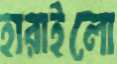
হারাইলো